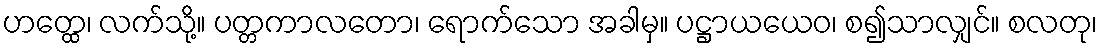
ဟတ္ထေ၊ လက်သို့။ ပတ္တကာလတော၊ ရောက်သော အခါမှ။ ပဋ္ဌာယယေဝ၊ စ၍သာလျှင်။ စလတု၊